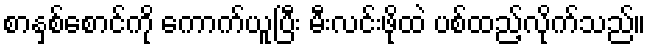
စာနှစ်စောင်ကို ကောက်ယူပြီး မီးလင်းဖိုထဲ ပစ်ထည့်လိုက်သည်။